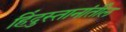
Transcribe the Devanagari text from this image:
हिंदुस्तानांतील